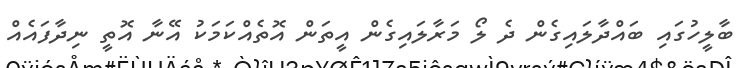
ބާލީހުގައި ބައްދާލައިގެން ދެ ލޯ މަރާލައިގެން އީތަން އޮތެއްކަމަކު އޭނާ އޮތީ ނިދާފައެއް